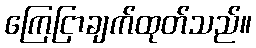
ကြေငြာချက်ထုတ်သည်။